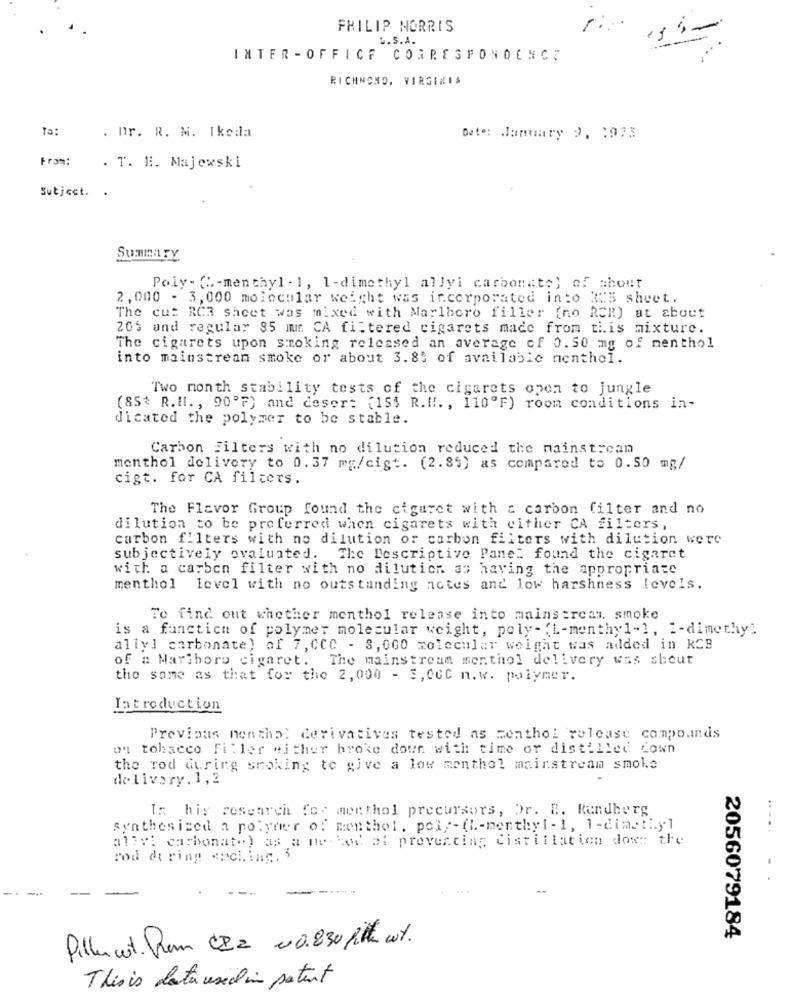
PHILIP MORRIS
&.S.A.
INTER -OFFICE CORRESPONDENCE
RICHMOND, VIRGINIA
Ta:
. Dr. R. M. Ikeda
Date: January 9, : 973
From:
. T. H. Majewski
Subject. .
Summary
Poly- ( .- menthyl . 1, 1-dimethyl allyi carbonate) of about
2,000 - 3,000 molecular weight was incorporated into 35 sheet.
The cut RC3 shcet was mixed with Marlboro filler (no RCB) at about
20% and regular 85 mm CA filtered cigarets made from this mixture.
The cigarets upon smoking released an average of 0.50 mg of menthol
into mainstream smoke or about 3.85 of available menthel.
Two month stability tests of the cigarets open to jungle
(85$ R.Il. , 90'F) and deser: {155 R.H !. , 110ºF) room conditions in-
dicated the polymer to be stable.
Carbon Filters with no dilution reduced the mainstream
menthol delivery to 0.37 mg/cigt. (2.84) as compared to 0.50 mg/
cigt. for CA filters.
The Flavor Group found the cigaret with a carbon filter and no
dilution to be preferred when cigarets with either CA filters ,
carbon filters with no dilution of carbon filters with dilution were
subjectively ovalunted. The Descriptive Panel found the cigaret
with a carbon filter with no dilution as having the appropriate
menthol level with no outstanding notes and low harshness levels.
To find out whether menthol release into mainstream. smoke
is a function of polymer molecular weight, poly- (L-menthyl-1, 2-dimethy"
ally1 carbonate) of 7, CCC - 3, 000 molecular weight was added in RCB
of # Marlboro cigaret. The mainstream menthol delivery was about
the some as that for the 2, 000 - 3, 00C n.w. polymer.
Introduction
Previous nenthal derivatives tested as menthol release compounds
on tobacco Filler either broke down with time or distilled down
the rod Guring smoking to give a low menthol mainstream smoke
delivery . 1, 2
Is his research fcc menthol precursors, Dr. E. Rundberg
synthesized a polymer of menthol, poly- (L-menthyl- 1, 1-dimethy1
ally: carbonate) as a me-bed of preventing distillation down the
rod during spol.ing. 3
2056079184
Pilla cet. Pem CI2 00.830 pitt cut.
This is data usedin patent